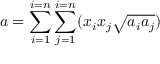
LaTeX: a = \sum _ { i = 1 } ^ { i = n } \sum _ { j = 1 } ^ { i = n } ( x _ { i } x _ { j } { \sqrt { a _ { i } a _ { j } } } )